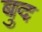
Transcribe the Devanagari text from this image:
बुद